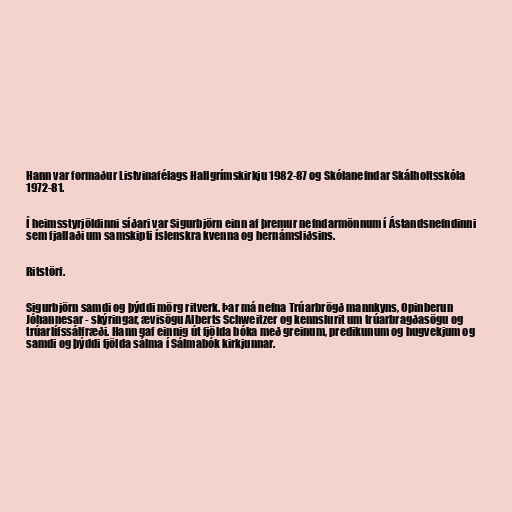
Hann var formaður Listvinafélags Hallgrímskirkju 1982-87 og Skólanefndar Skálholtsskóla
1972-81.

Í heimsstyrjöldinni síðari var Sigurbjörn einn af þremur nefndarmönnum í Ástandsnefndinni
sem fjallaði um samskipti íslenskra kvenna og hernámsliðsins.

Ritstörf.

Sigurbjörn samdi og þýddi mörg ritverk. Þar má nefna Trúarbrögð mannkyns, Opinberun
Jóhannesar - skýringar, ævisögu Alberts Schweitzer og kennslurit um trúarbragðasögu og
trúarlífssálfræði. Hann gaf einnig út fjölda bóka með greinum, predikunum og hugvekjum og
samdi og þýddi fjölda sálma í Sálmabók kirkjunnar.